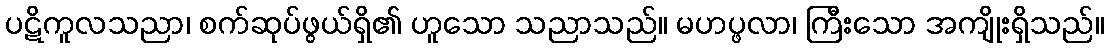
ပဋိကူလသညာ၊ စက်ဆုပ်ဖွယ်ရှိ၏ ဟူသော သညာသည်။ မဟပ္ဖလာ၊ ကြီးသော အကျိုးရှိသည်။